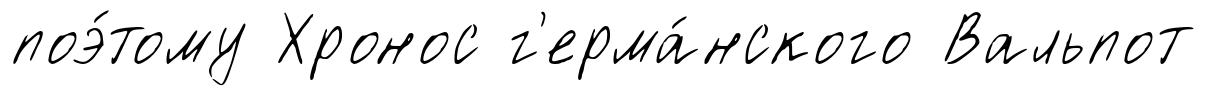
поэ́тому Хронос г'ерма́нского Вальпот